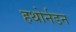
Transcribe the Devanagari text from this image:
हथोर्नडन